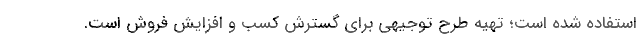
استفاده شده است؛ تهیه طرح توجیهی برای گسترش کسب و افزایش فروش است.